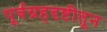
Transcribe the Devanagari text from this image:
पूर्वग्रहदृष्टीतून